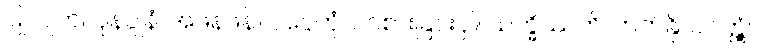
ပြုလျက်။ ပုနပ္ပုနံ၊ အဖန်ဖန်။ ပပ္ပေတုံ၊ ဝင်စားခြင်းငှါ။ သက္ခိဿတိ၊ တတ်နိုင်လတ္တံ့။